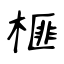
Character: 榧